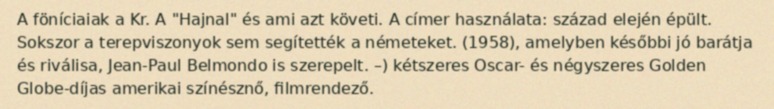
A föníciaiak a Kr. A "Hajnal" és ami azt követi. A címer használata: század elején épült. Sokszor a terepviszonyok sem segítették a németeket. (1958), amelyben későbbi jó barátja és riválisa, Jean-Paul Belmondo is szerepelt. –) kétszeres Oscar- és négyszeres Golden Globe-díjas amerikai színésznő, filmrendező.